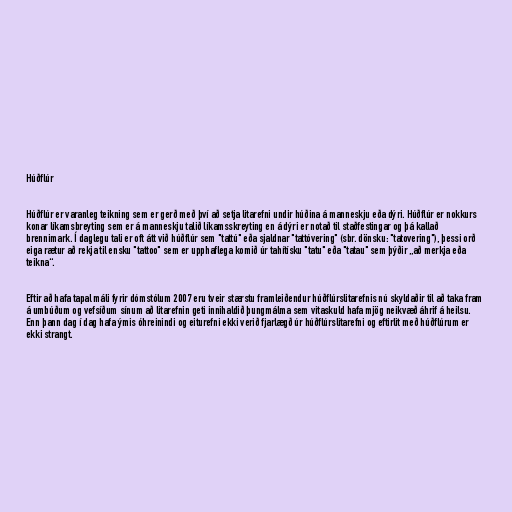
Húðflúr

Húðflúr er varanleg teikning sem er gerð með því að setja litarefni undir húðina á manneskju eða dýri. Húðflúr er nokkurs
konar líkamsbreyting sem er á manneskju talið líkamsskreyting en á dýri er notað til staðfestingar og þá kallað
brennimark. Í daglegu tali er oft átt við húðflúr sem "tattú" eða sjaldnar "tattóvering" (sbr. dönsku: "tatovering"), þessi orð
eiga rætur að rekja til ensku "tattoo" sem er upphaflega komið úr tahítísku "tatu" eða "tatau" sem þýðir „að merkja eða
teikna“.

Eftir að hafa tapal máli fyrir dómstólum 2007 eru tveir stærstu framleiðendur húðflúrslitarefnis nú skyldaðir til að taka fram
á umbúðum og vefsíðum sínum að litarefnin geti innihaldið þungmálma sem vitaskuld hafa mjög neikvæð áhrif á heilsu.
Enn þann dag í dag hafa ýmis óhreinindi og eiturefni ekki verið fjarlægð úr húðflúrslitarefni og eftirlit með húðflúrum er
ekki strangt.